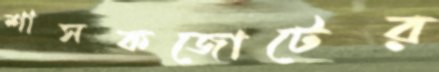
শাসকজোটের